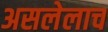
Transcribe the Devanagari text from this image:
असलेलाच